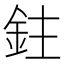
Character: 鉒